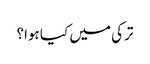
ترکی میں کیا ہوا؟